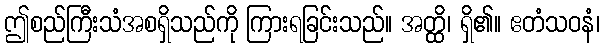
ဤစည်ကြီးသံအစရှိသည်ကို ကြားရခြင်းသည်။ အတ္ထိ၊ ရှိ၏။ ဧတံသဝနံ၊